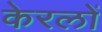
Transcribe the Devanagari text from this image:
केरलों